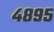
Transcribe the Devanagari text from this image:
४८९५